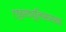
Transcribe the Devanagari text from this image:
ट्युबरक्युलिसारखा